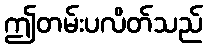
ဤတမ်းပလိတ်သည်